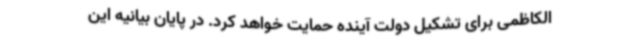
الکاظمی برای تشکیل دولت آینده حمایت خواهد کرد. در پایان بیانیه این